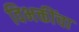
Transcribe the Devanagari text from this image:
विभक्तींचा